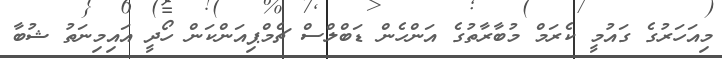
މިއަހަރުގެ ގައުމީ ކެރަމް މުބާރާތުގެ އަންހެން ޑަބްލްސް ޗެމްޕިއަންކަން ހޯދީ އައިމިނަތު ޝުބާ